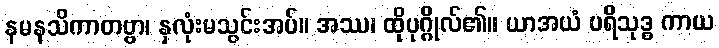
နမနသိကာတဗ္ဗာ၊ နှလုံးမသွင်းအပ်။ အဿ၊ ထိုပုဂ္ဂိုလ်၏။ ယာအယံ ပရိသုဒ္ဓ ကာယ